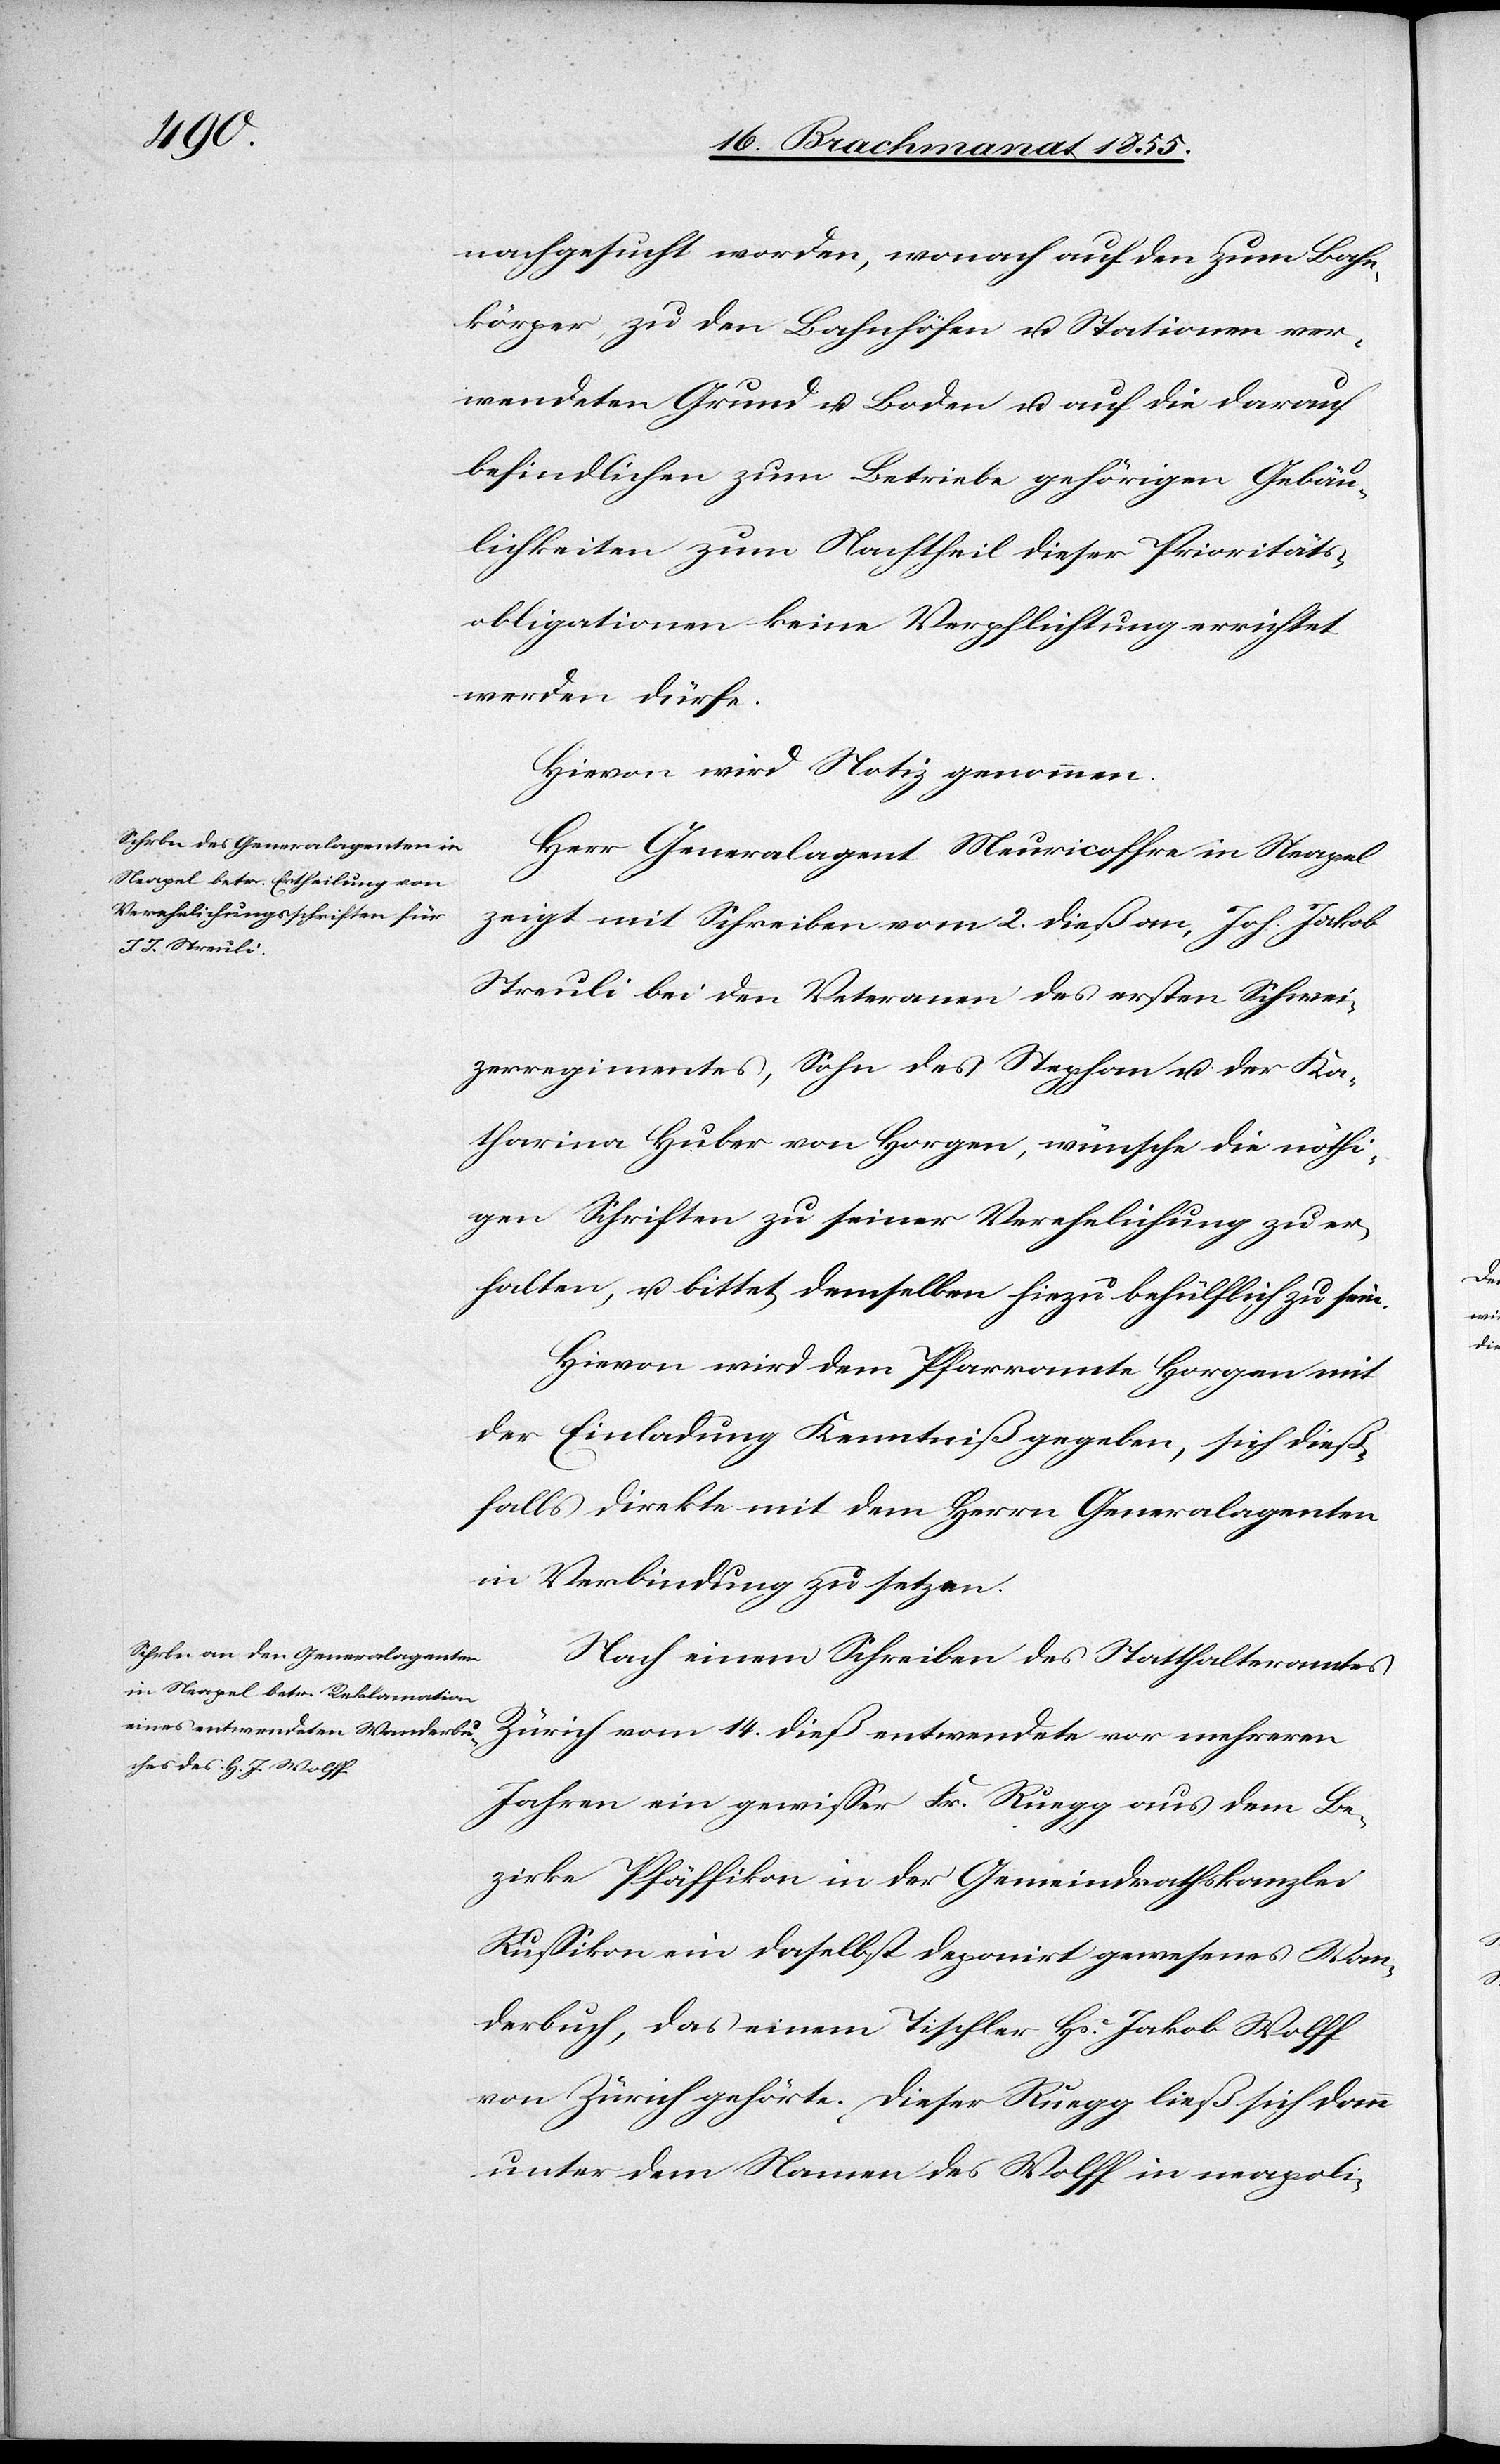
nachgesucht worden, wonach auf den zum Bahn¬
körper, zu den Bahnhöfen u. Stationen ver¬
wendeten Grund u. Boden u. auf die darauf
befindlichen zum Betriebe gehörigen Gebäu¬
lichkeiten zum Nachtheil dieser Prioritäts¬
obligationen keine Verpflichtung errichtet
werden dürfe.
Hievon wird Notiz genommen.
Herr Generalagent Meuricoffre in Neapel
zeigt mit Schreiben vom 2. dieß an, Joh. Jakob
Streuli bei den Veteranen des ersten Schwei¬
zerregimentes, Sohn des Stephan u. der Ka¬
tharina Huber von Horgen, wünsche die nöthi¬
gen Schriften zu seiner Verehelichung zu er¬
halten, u. bittet, demselben hiezu behülflich zu sein.
Hievon wird dem Pfarramte Horgen mit
der Einladung Kenntniß gegeben, sich dieß¬
falls direkte mit dem Herrn Generalagenten
in Verbindung zu setzen.
Nach einem Schreiben des Statthalteramtes
Zürich vom 14. dieß entwendete vor mehreren
Jahren ein gewisser Fr. Ruegg aus dem Be¬
zirke Pfäffikon in der Gemeindrathskanzlei
Russikon ein daselbst deponirt gewesenes Wan¬
derbuch, das einem Tischler Hs. Jakob Wolff
von Zürich gehörte. Dieser Ruegg ließ sich dann
unter dem Namen des Wolff in neapoli-